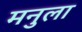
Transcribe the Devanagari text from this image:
मनुला